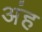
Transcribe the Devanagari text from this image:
अंह